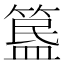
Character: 𥱚